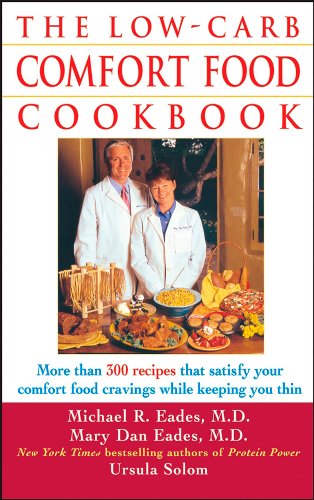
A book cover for The Low-Carb Comfort Food Cookbook; Ursula Solom; Health, Fitness & Dieting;